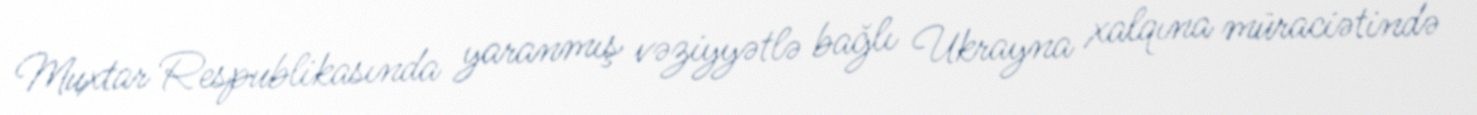
Muxtar Respublikasında yaranmış vəziyyətlə bağlı Ukrayna xalqına müraciətində